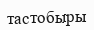
тастобыры